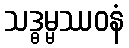
သဒ္ဓမ္မဿဝနံ